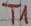
Text: T1